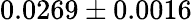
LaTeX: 0.0269\pm 0.0016